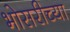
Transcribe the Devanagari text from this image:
भोसरीच्या